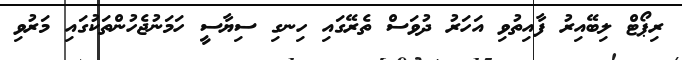
ރިޕޯޓް ލިބޭއިރު ފާއިތުވި އަހަރު ދުވަސް ތެރޭގައި ހިނގި ސިޔާސީ ހަމަނުޖެހުންތަކުގައި މަރުވި